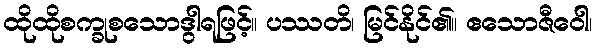
ထိုထိုစက္ခုစသောဒွါရဖြင့်။ ပဿတိ၊ မြင်နိုင်၏။ ဧသောဇီဝေါ၊